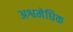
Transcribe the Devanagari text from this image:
अश्वमेघिक